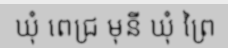
ឃុំ ពេជ្រ មុនី ឃុំ ព្រៃ